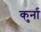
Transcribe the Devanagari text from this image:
कुर्ना